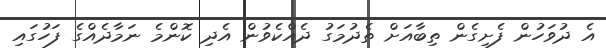
އެ ދުވަހުން ފެށިގެން ތިބާއަށް ތެދުމަގު ދެއްކެވުން އެދި ކޮންމެ ނަމާދެއްގެ ފަހުގައި